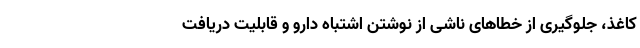
کاغذ، جلوگیری از خطاهای ناشی از نوشتن اشتباه دارو و قابلیت دریافت